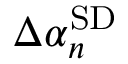
\Delta \alpha _ { n } ^ { \mathrm { S D } }